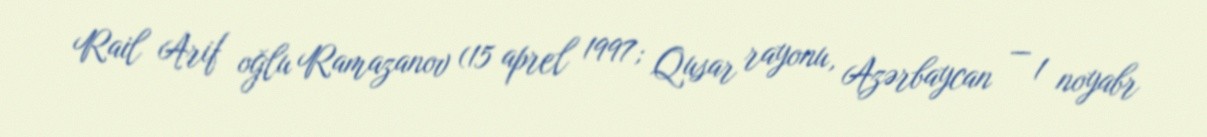
Rail Arif oğlu Ramazanov (15 aprel 1997; Qusar rayonu, Azərbaycan — 1 noyabr